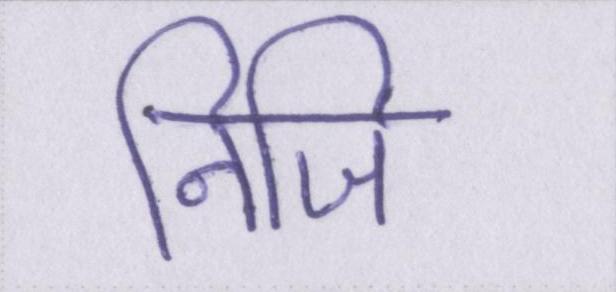
निजि